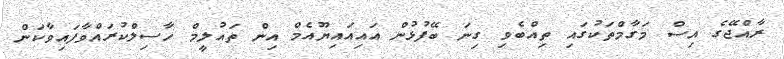
ރާއްޖޭގެ އިސް މަގާމްތަކުގައި ތިއްބެވި ގިނަ ބޭފުޅުން އައިއައިޔޫއެމް އިން ތައުލީމް ހާސިލްކުރައްވާފައިވާކަން